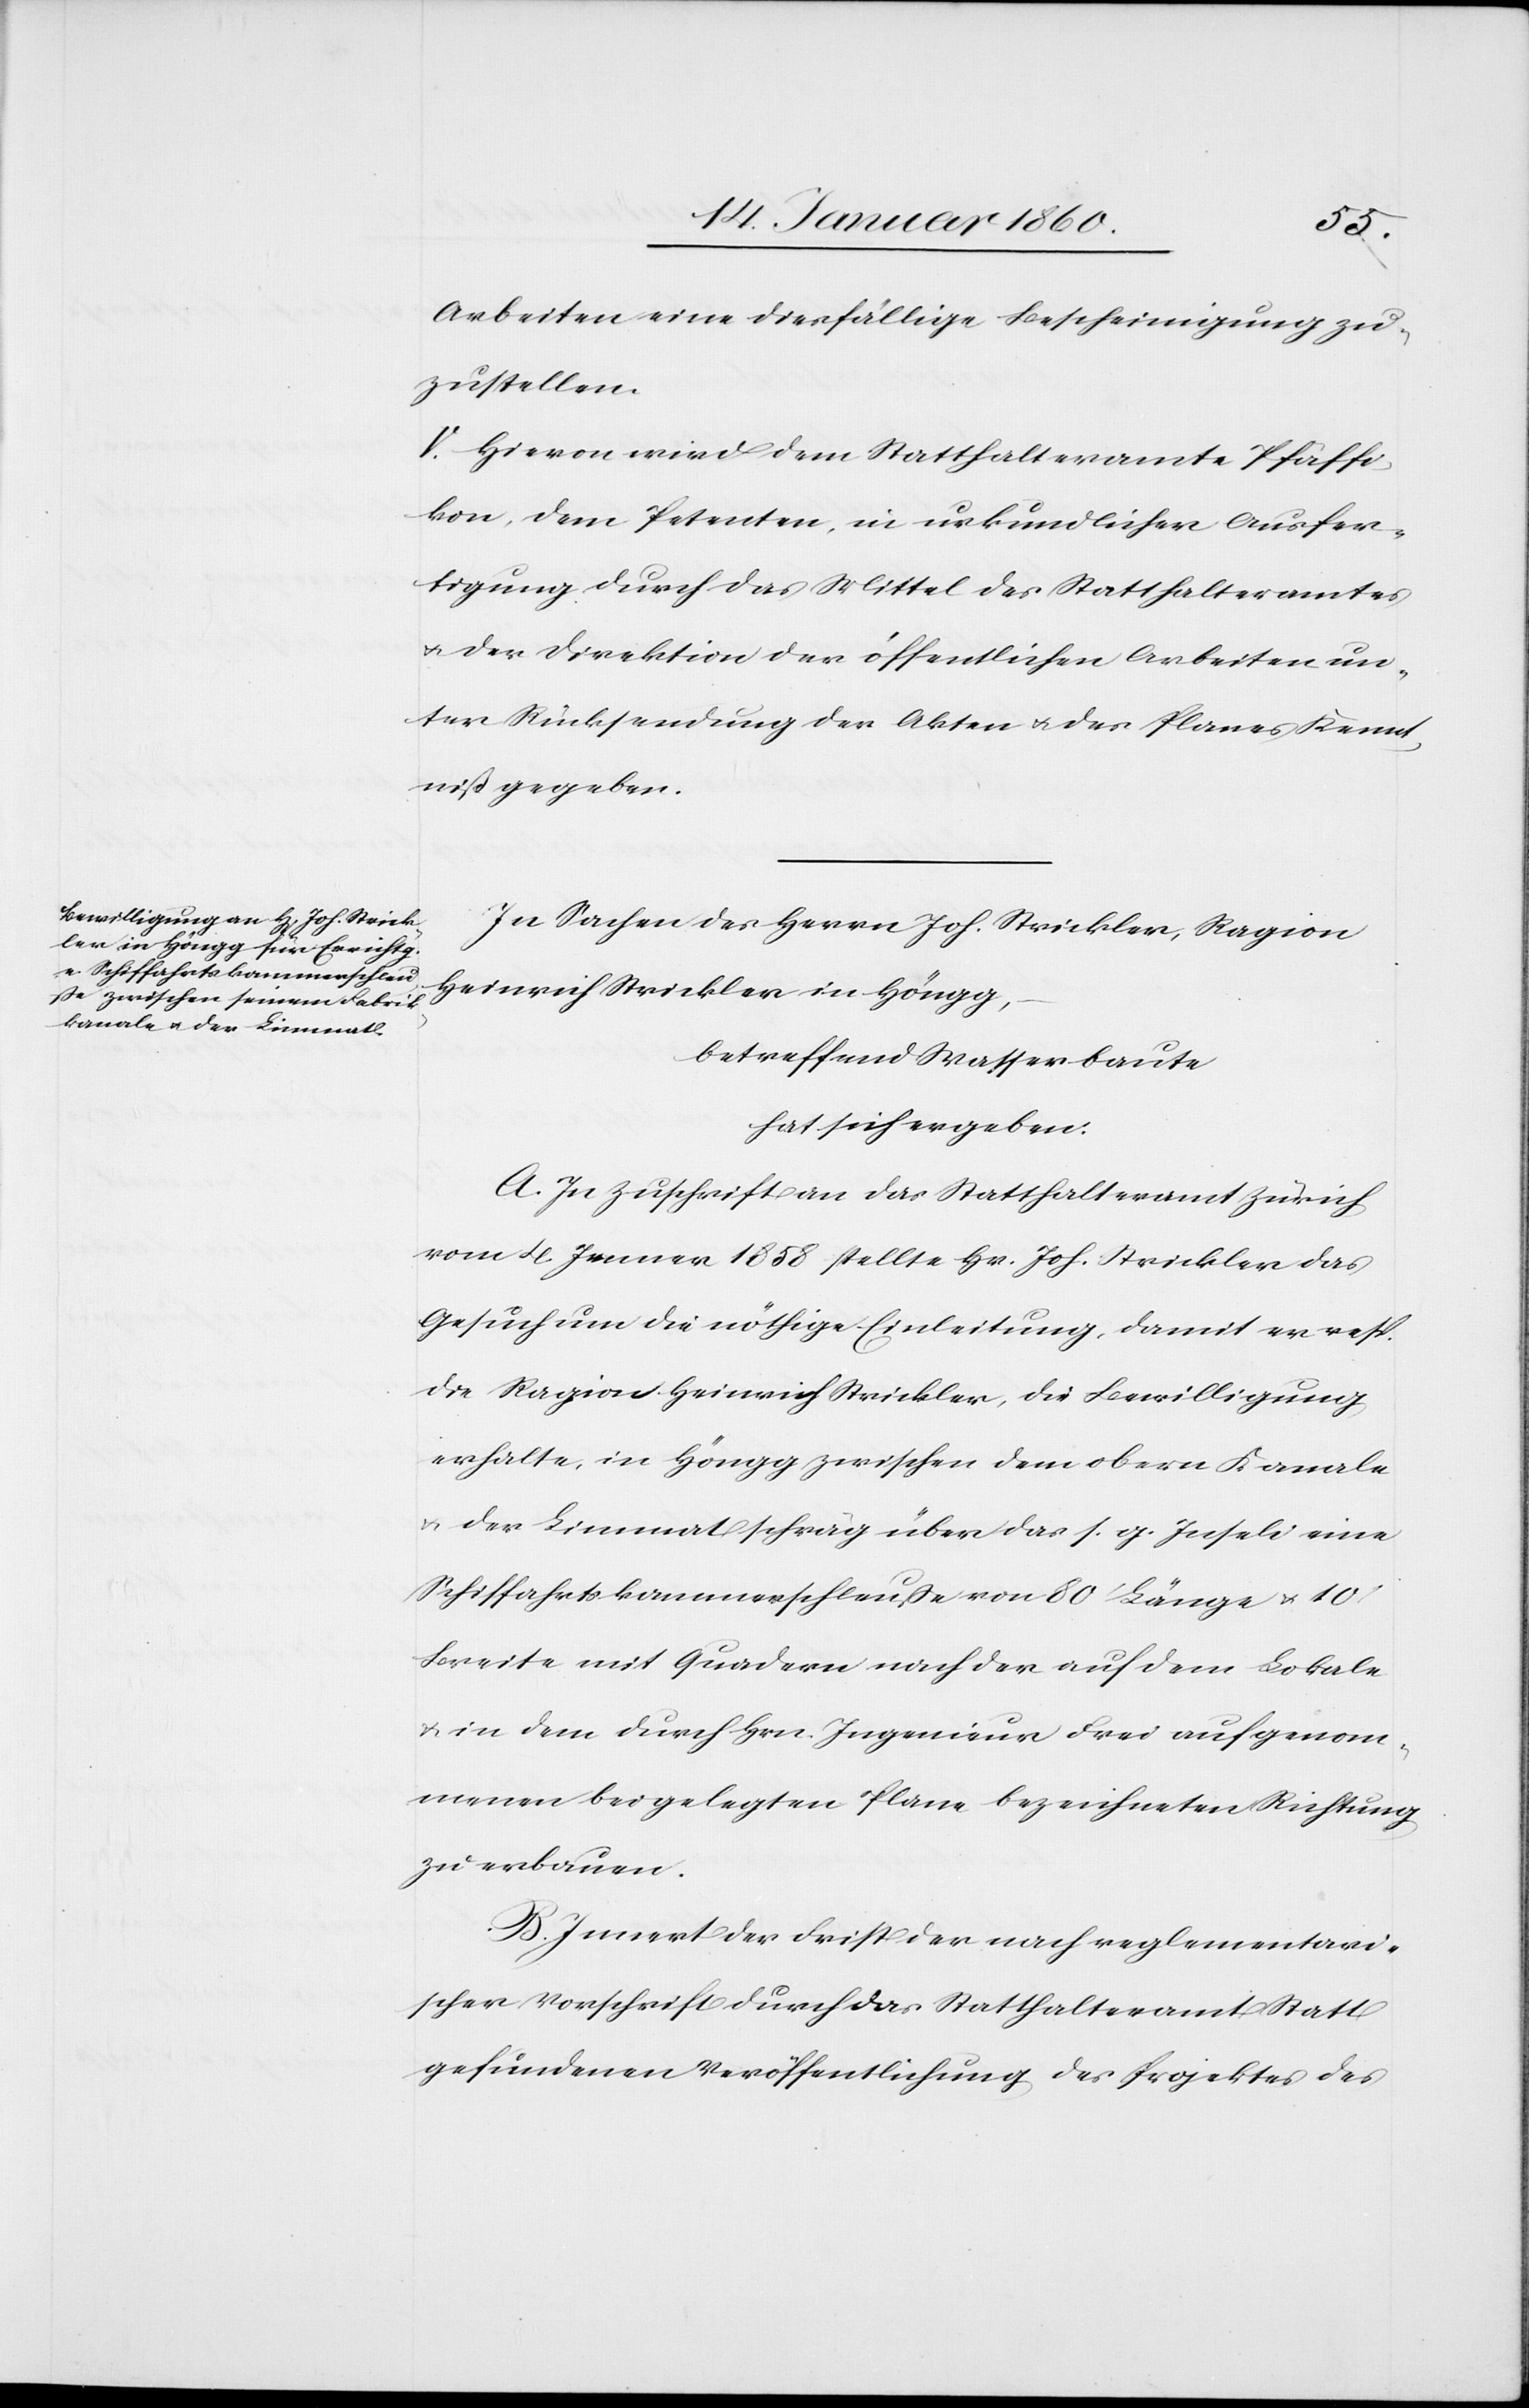
Arbeiten eine diesfällige Bescheinigung zu¬
zustellen.
V. Hiervon wird dem Statthalteramte Pfäffi¬
kon, dem Petenten, in urkundlicher Ausfer¬
tigung durch das Mittel des Statthalteramtes
u. der Direktion der öffentlichen Arbeiten un¬
ter Rücksendung der Akten u. des Planes Kennt¬
niß gegeben.
In Sachen der Herrn Joh Strickler, Ragion
Heinrich Strickler in Höngg,
betreffend Wasserbaute
hat sich ergeben:
A. In Zuschrift an das Statthalteramt Zürich
vom 4. Jenner 1858 stellte Hr. Joh. Strickler das
Gesuch um die nöthige Einleitung, damit er resp.
die Ragion Heinrich Strickler, die Bewilligung
erhalte, in Höngg zwischen dem obern Kanale
u. der Limmat schräg über das s. g. Inseli eine
Schiffahrtskammerschleusse von 80’ Länge u. 10’
Breite mit Quadern nach der auf dem Lokale
u. in dem durch Hrn. Ingenieur Frei aufgenom¬
menen beigelegten Plane bezeichneten Richtung
zu erbauen.
B. Innert der Frist der nach reglementari¬
scher Vorschrift durch das Statthalteramt Statt
gefundenen Veröffentlichung des Projektes des